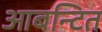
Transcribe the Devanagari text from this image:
आबन्टित